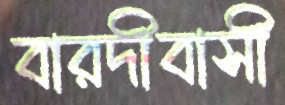
বারদীবাসী